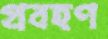
প্রবহণ